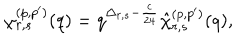
\chi _ { r , s } ^ { ( p , p ^ { \prime } ) } ( q ) = q ^ { \Delta _ { r , s } - \frac { c } { 2 4 } } \hat { \chi } _ { r , s } ^ { ( p , p ^ { \prime } ) } ( q ) ,